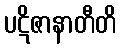
ပဋိဇာနာတီတိ